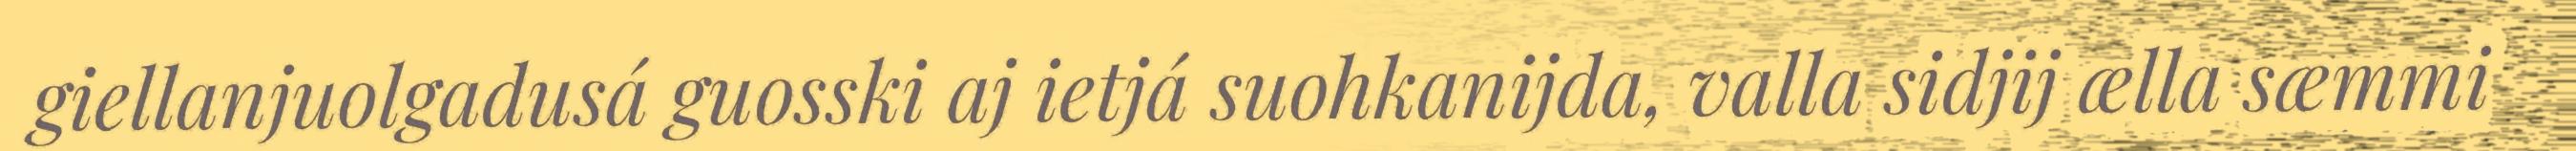
giellanjuolgadusá guosski aj ietjá suohkanijda, valla sidjij ælla sæmmi